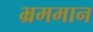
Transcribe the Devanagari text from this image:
भ्रममान